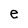
Character: e